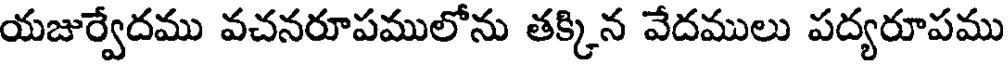
యజుర్వేదము వచనరూపములోను తక్కిన వేదములు పద్యరూపము